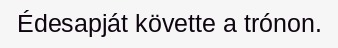
Édesapját követte a trónon.